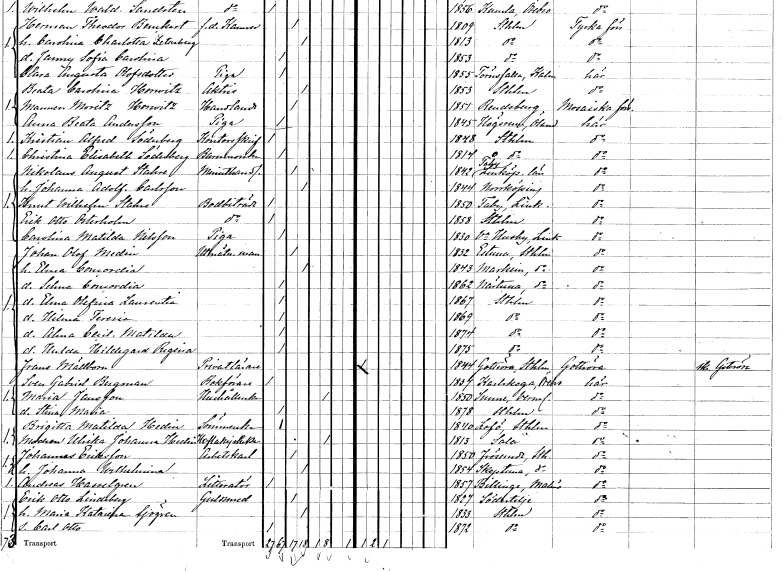
gt_parse: households: individuals: FN: Nikolaus August
EN: Stahre
YRKE: Minuthandlare
KON: M
CIV: G
FODAR: 1842
FODFORS: Tåby Östergötlands län
FN: Johanna Adolfina
EN: Carlsson
KON: K
CIV: G
FODAR: 1844
FODFORS: Norrköping Östergötlands län
FN: Knut Wilhelm
EN: Stahre
YRKE: Bodbiträde
KON: M
CIV: O
FODAR: 1850
FODFORS: Tåby Östergötlands län
FN: Erik Otto
EN: Österholm
YRKE: Bodbiträde
KON: M
CIV: O
FODAR: 1858
FODFORS: Stockholm
FN: Carolina Matilda
EN: Nilsson
YRKE: Piga
KON: K
CIV: O
FODAR: 1830
FODFORS: Västra Husby Östergötlands län
FN: Johan Olof
EN: Medin
YRKE: Utmätningsman
KON: M
CIV: G
FODAR: 1832
FODFORS: Estuna Stockholms län
FN: Elma Concordia
KON: K
CIV: G
FODAR: 1843
FODFORS: Markim Stockholms län
FN: Selma Concordia
KON: K
CIV: O
FODAR: 1862
FODFORS: Närtuna Stockholms län
FN: Elma Olefina Laurentia
KON: K
CIV: O
FODAR: 1867
FODFORS: Stockholm
FN: Hilma Teresia
KON: K
CIV: O
FODAR: 1869
FODFORS: Stockholm
FN: Alma Cecilia Matilda
KON: K
CIV: O
FODAR: 1874
FODFORS: Stockholm
FN: Hulda Hildegard Regina
KON: K
CIV: O
FODAR: 1875
FODFORS: Stockholm
FN: Frans
EN: Mällborn
YRKE: Privatlärare
KON: M
CIV: O
FODAR: 1844
FODFORS: Gottröra Stockholms län
FN: Sven Gabriel
EN: Bergman
YRKE: Bokförare
KON: M
CIV: O
FODAR: 1837
FODFORS: Karlskoga Örebro län
FN: Maria
EN: Jansson
YRKE: Hushållerska
KON: K
CIV: E
FODAR: 1850
FODFORS: Sunne Värmlands län
FN: Stina Maria
KON: K
CIV: O
FODAR: 1878
FODFORS: Stockholm
FN: Brigitta Matilda
EN: Hedin
YRKE: Sömmerska
KON: K
CIV: O
FODAR: 1840
FODFORS: Lovö Stockholms län
FN: Ulrika Johanna
EN: Hedin
YRKE: Hovlakejsänka
KON: K
CIV: E
FODAR: 1813
FODFORS: Sala Västmanlands län
FN: Johannes
EN: Eriksson
YRKE: Arbetskarl
KON: M
CIV: G
FODAR: 1850
FODFORS: Frösunda Stockholms län
FN: Johanna Wilhelmina
KON: K
CIV: G
FODAR: 1854
FODFORS: Skepptuna Stockholms län
FN: Andreas
EN: Hasselgren
YRKE: Litteratör
KON: M
CIV: O
FODAR: 1857
FODFORS: Billinge Malmöhus län
FN: Erik Otto
EN: Lindeberg
YRKE: Guldsmed
KON: M
CIV: G
FODAR: 1827
FODFORS: Södertälje Stockholms län
FN: Maria Katarina
EN: Sjögren
KON: K
CIV: G
FODAR: 1833
FODFORS: Stockholm
FN: Carl Otto
KON: M
CIV: O
FODAR: 1872
FODFORS: Stockholm